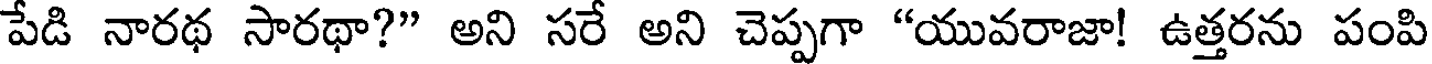
పేడి నారథ సారథా?" అని సరే అని చెప్పగా "యువరాజా! ఉత్తరను పంపి